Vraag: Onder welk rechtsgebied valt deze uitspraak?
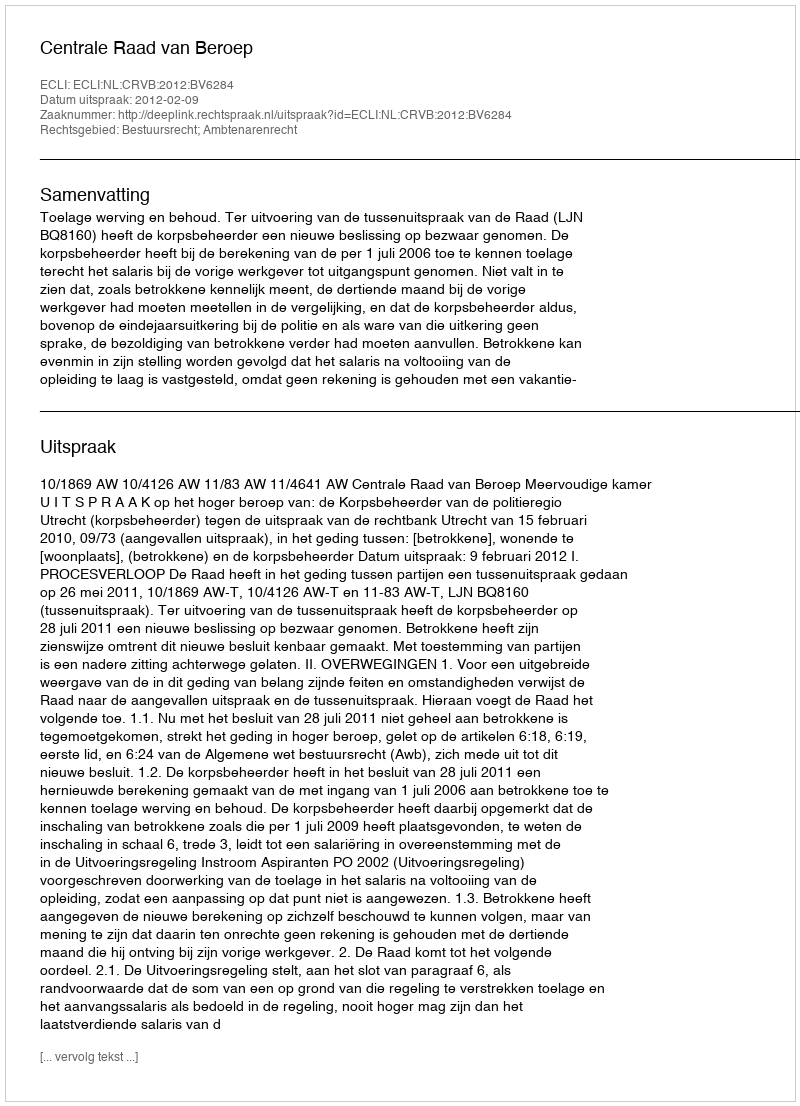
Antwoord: Bestuursrecht; Ambtenarenrecht